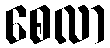
စေလာ